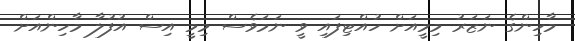
މާހިންގެ ނަޒަރު މިމީއަށް ހުއްޓިފައި ވީ ނަމަވެސް މިމީ އިސް އުފުލާ މާހިންއަށް